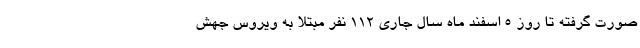
صورت گرفته تا روز ۵ اسفند ماه سال جاری ۱۱۲ نفر مبتلا به ویروس جهش